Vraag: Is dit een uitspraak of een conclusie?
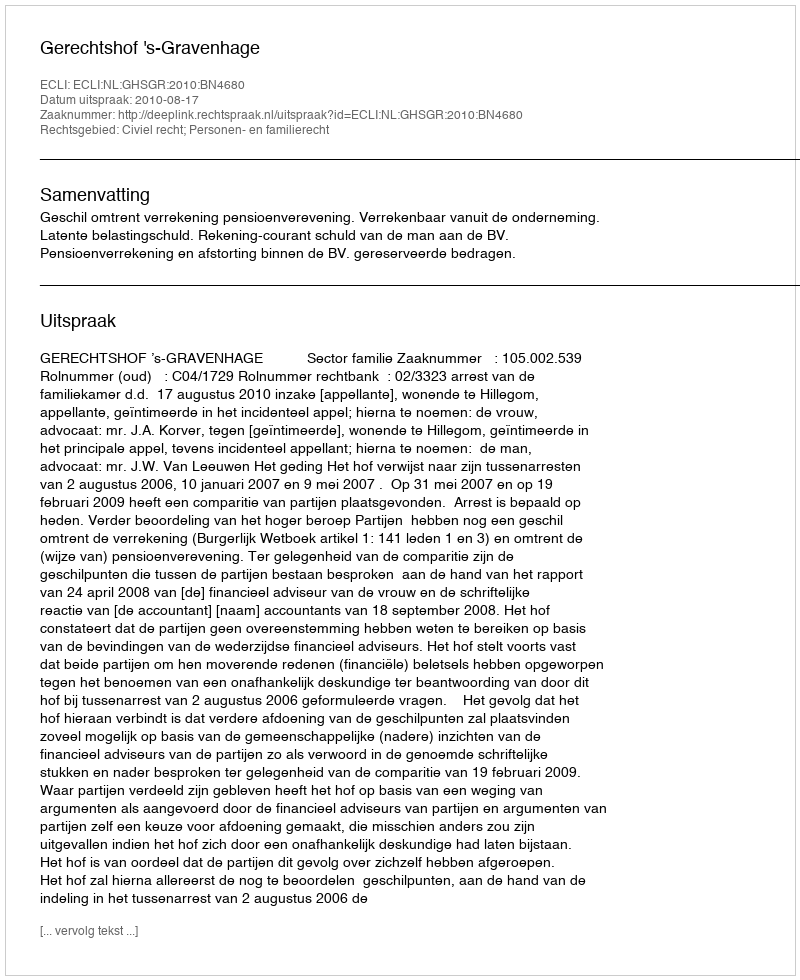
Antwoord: Uitspraak